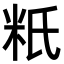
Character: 䉻